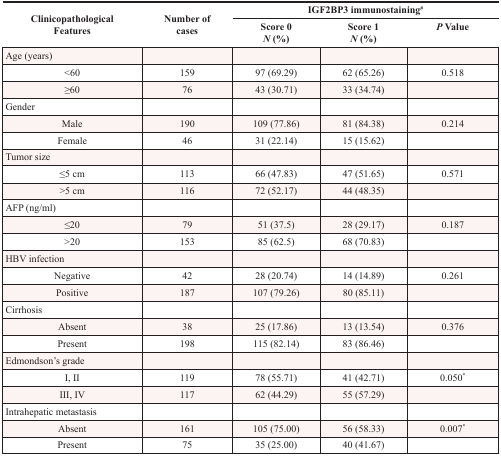
| <ROWSPAN=2> Clinicopathological Features | <ROWSPAN=2> Number of cases | <COLSPAN=3> IGF2BP3 immunostaining# |
 | Score 0N (%) | Score 1N (%) | P Value |
 | --- | --- | --- | --- | --- |
 | Age (years) |  |  |  |  |
 | <60 | 159 | 97 (69.29) | 62 (65.26) | 0.518 |
 | ≥60 | 76 | 43 (30.71) | 33 (34.74) |  |
 | Gender |  |  |  |  |
 | Male | 190 | 109 (77.86) | 81 (84.38) | 0.214 |
 | Female | 46 | 31 (22.14) | 15 (15.62) |  |
 | Tumor size |  |  |  |  |
 | ≤5 cm | 113 | 66 (47.83) | 47 (51.65) | 0.571 |
 | >5 cm | 116 | 72 (52.17) | 44 (48.35) |  |
 | AFP (ng/ml) |  |  |  |  |
 | ≤20 | 79 | 51 (37.5) | 28 (29.17) | 0.187 |
 | >20 | 153 | 85 (62.5) | 68 (70.83) |  |
 | HBV infection |  |  |  |  |
 | Negative | 42 | 28 (20.74) | 14 (14.89) | 0.261 |
 | Positive | 187 | 107 (79.26) | 80 (85.11) |  |
 | Cirrhosis |  |  |  |  |
 | Absent | 38 | 25 (17.86) | 13 (13.54) | 0.376 |
 | Present | 198 | 115 (82.14) | 83 (86.46) |  |
 | Edmondson's grade |  |  |  |  |
 | I, II | 119 | 78 (55.71) | 41 (42.71) | 0.050* |
 | III, IV | 117 | 62 (44.29) | 55 (57.29) |  |
 | Intrahepatic metastasis |  |  |  |  |
 | Absent | 161 | 105 (75.00) | 56 (58.33) | 0.007* |
 | Present | 75 | 35 (25.00) | 40 (41.67) |  |